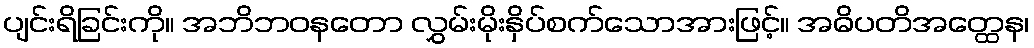
ပျင်းရိခြင်းကို။ အဘိဘဝနတော လွှမ်းမိုးနှိပ်စက်သောအားဖြင့်။ အဓိပတိအတ္ထေန၊